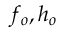
f _ { o } , h _ { o }